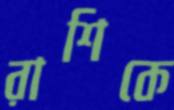
রাশিকে